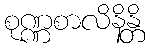
စုဏ္ဏစာလိနိန္တိ